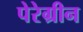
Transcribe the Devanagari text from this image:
पेरेग्रीन